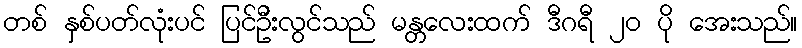
တစ် နှစ်ပတ်လုံးပင် ပြင်ဦးလွင်သည် မန္တလေးထက် ဒီဂရီ ၂၀ ပို အေးသည်။